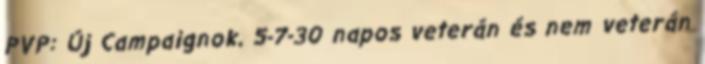
PVP: Új Campaignok, 5-7-30 napos veterán és nem veterán